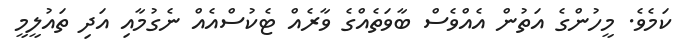
ކަމެވެ. މީހުންގެ އަތުން އެއްވެސް ބާވަތެއްގެ ވާރެއް ޓެކުސްއެއް ނެގުމާއި އަދި ތައުލީމީ